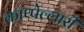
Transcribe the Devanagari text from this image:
काप्पेल्लारी